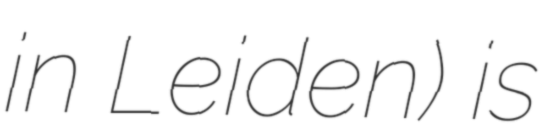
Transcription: in Leiden) is